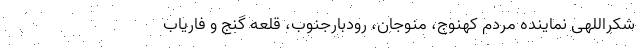
شکراللهی نماینده مردم کهنوج، منوجان، رودبارجنوب، قلعه گنج و فاریاب